Scottish Leaving Certificate Examination, 1961
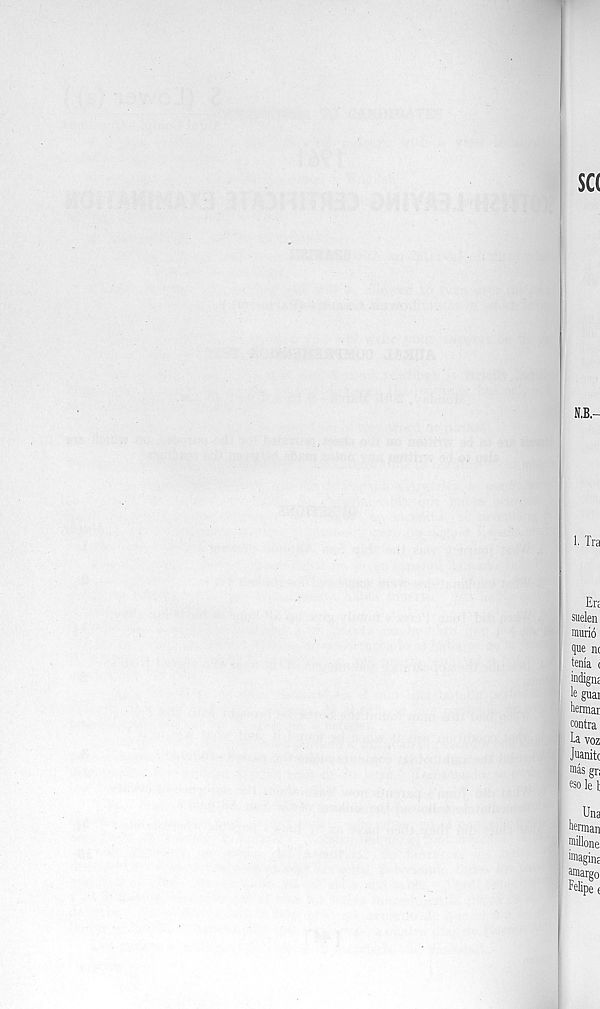
$c<
N.B.-
1. Tra
Erj
suelen
murio
que n(
tenia <
indignj
le guai
herniai
contra
La voz
Juanitc
mas gn
eso le l
Una
German
millone,
imagina
amargo
Ldipe <